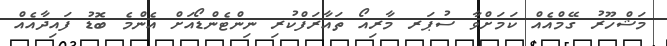
މަޝްހޫރު ގޭމްއެއް ކަމަށްވާ ސުޕަރ މާރިއޯ ތައާރަފްކުރި ނިންޓެންޑޯއަށް އެންމެ ބޮޑު ފައިދާއެއް